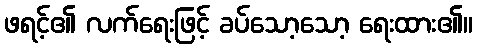
ဖရင့်၏ လက်ရေးဖြင့် ခပ်သော့သော့ ရေးထား၏။